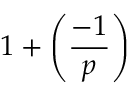
1 + \left( { \frac { - 1 } { p } } \right)